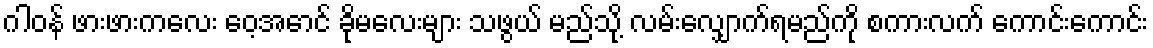
ဂါဝန် ဖားဖားကလေး ဝေ့အောင် ခိုမလေးများ သဖွယ် မည်သို့ လမ်းလျှောက်ရမည်ကို စကားလက် ကောင်းကောင်း